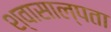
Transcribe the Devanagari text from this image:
श्वासाल्पता